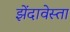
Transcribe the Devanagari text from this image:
झेंदावेस्ता